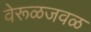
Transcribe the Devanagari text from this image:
वेरूळजवळ